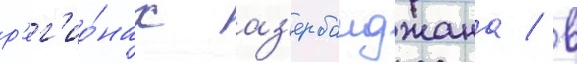
р'ег'ио́нах аз'ербаиджана / в